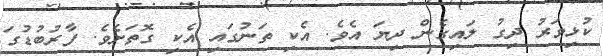
ކުޅިވަރު ދިގު ލައިގެން ދިޔަ އެވެ. އެކި ތަނުގައި އެކި ގޮތަށެވެ. ފާރުބުޑުގަ